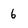
Character: 6